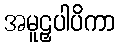
အမူဠှပါပိကာ